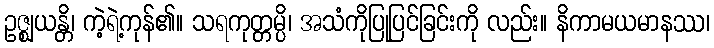
ဥဇ္ဈယန္တိ၊ ကဲ့ရဲ့ကုန်၏။ သရကုတ္တမ္ပိ၊ အသံကိုပြုပြင်ခြင်းကို လည်း။ နိကာမယမာနဿ၊